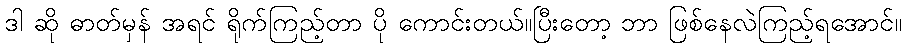
ဒါ ဆို ဓာတ်မှန် အရင် ရိုက်ကြည့်တာ ပို ကောင်းတယ်။ပြီးတော့ ဘာ ဖြစ်နေလဲကြည့်ရအောင်။